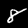
Digit: 8